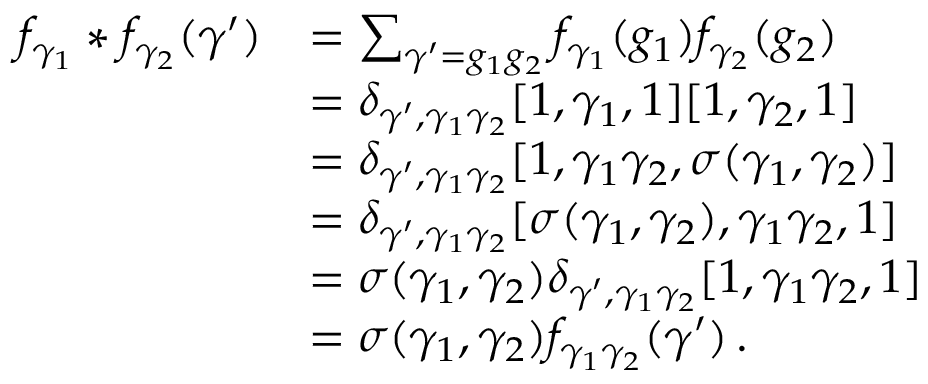
\begin{array} { r l } { f _ { \gamma _ { 1 } } * f _ { \gamma _ { 2 } } ( \gamma ^ { \prime } ) } & { = \sum _ { \gamma ^ { \prime } = g _ { 1 } g _ { 2 } } f _ { \gamma _ { 1 } } ( g _ { 1 } ) f _ { \gamma _ { 2 } } ( g _ { 2 } ) } \\ & { = \delta _ { \gamma ^ { \prime } , \gamma _ { 1 } \gamma _ { 2 } } [ 1 , \gamma _ { 1 } , 1 ] [ 1 , \gamma _ { 2 } , 1 ] } \\ & { = \delta _ { \gamma ^ { \prime } , \gamma _ { 1 } \gamma _ { 2 } } [ 1 , \gamma _ { 1 } \gamma _ { 2 } , \sigma ( \gamma _ { 1 } , \gamma _ { 2 } ) ] } \\ & { = \delta _ { \gamma ^ { \prime } , \gamma _ { 1 } \gamma _ { 2 } } [ \sigma ( \gamma _ { 1 } , \gamma _ { 2 } ) , \gamma _ { 1 } \gamma _ { 2 } , 1 ] } \\ & { = \sigma ( \gamma _ { 1 } , \gamma _ { 2 } ) \delta _ { \gamma ^ { \prime } , \gamma _ { 1 } \gamma _ { 2 } } [ 1 , \gamma _ { 1 } \gamma _ { 2 } , 1 ] } \\ & { = \sigma ( \gamma _ { 1 } , \gamma _ { 2 } ) f _ { \gamma _ { 1 } \gamma _ { 2 } } ( \gamma ^ { \prime } ) \ensuremath { \, \mathrm { . } } } \end{array}